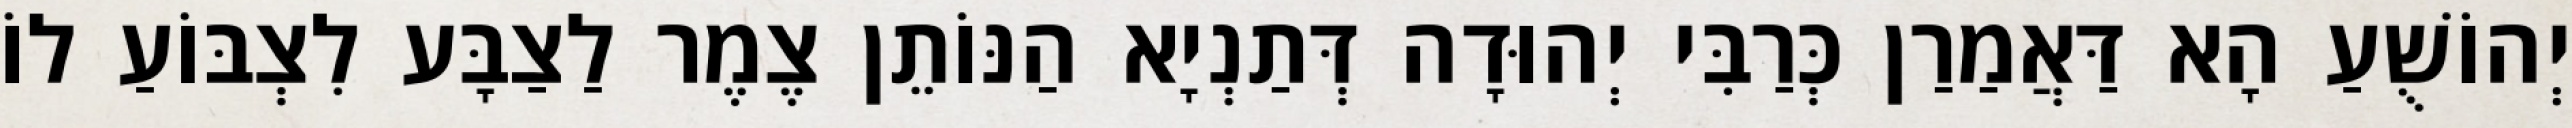
יְהוֹשֻׁעַ הָא דַּאֲמַרַן כְּרַבִּי יְהוּדָה דְּתַנְיָא הַנּוֹתֵן צֶמֶר לַצַבָּע לִצְבּוֹעַ לוֹ